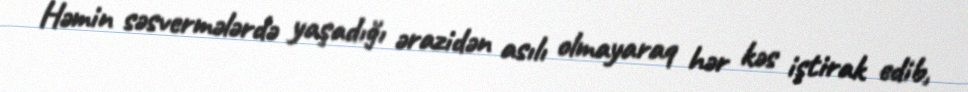
Həmin səsvermələrdə yaşadığı ərazidən asılı olmayaraq hər kəs iştirak edib,